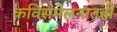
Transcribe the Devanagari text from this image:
कविसंमेलनातही